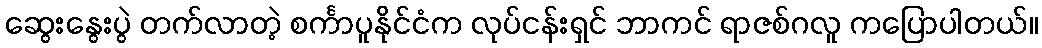
ဆွေးနွေးပွဲ တက်လာတဲ့ စင်္ကာပူနိုင်ငံက လုပ်ငန်းရှင် ဘာကင် ရာဇစ်ဂလူ ကပြောပါတယ်။